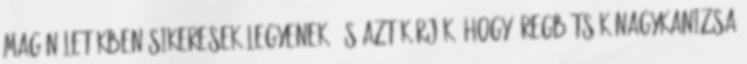
magánéletükben sikeresek legyenek, és azt kérjük, hogy öregbítsék Nagykanizsa